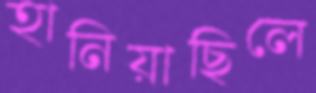
হানিয়াছিলে